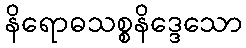
နိရောဓသစ္စနိဒ္ဒေသော